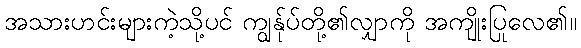
အသားဟင်းများကဲ့သို့ပင် ကျွန်ုပ်တို့၏လျှာကို အကျိုးပြုလေ၏။